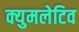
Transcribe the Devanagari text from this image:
क्युमलेटिव